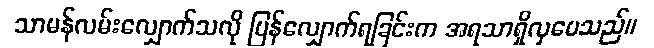
သာမန်လမ်းလျှောက်သလို ပြန်လျှောက်ရခြင်းက အရသာရှိလှပေသည်။